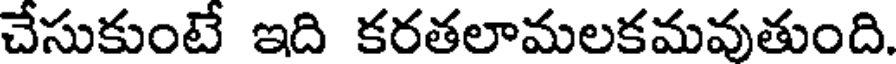
చేసుకుంటే ఇది కరతలామలకమవుతుంది.